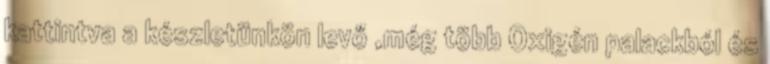
kattintva a készletünkön levő ,még több Oxigén palackból és